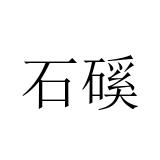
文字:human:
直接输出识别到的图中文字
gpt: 石磎